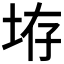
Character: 𪣋